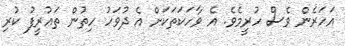
އަހަރެން ވެސް ހުރީމެވެ. އެ ވާހަކަތަކަށް އެ ދުވަހު ހިތުން ތަޢުރީފު ކުރި